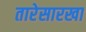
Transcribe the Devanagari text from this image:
तारेसारखा